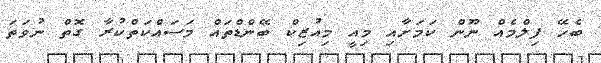
ބެހޭ ފިލްމެއް ނޫން ކަމަށާއި މިއީ މިއުޒިކް ބޭންޑްތައް މަސައްކަތްކުރާ ގޮތް ނުވަތަ